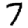
Digit: 7